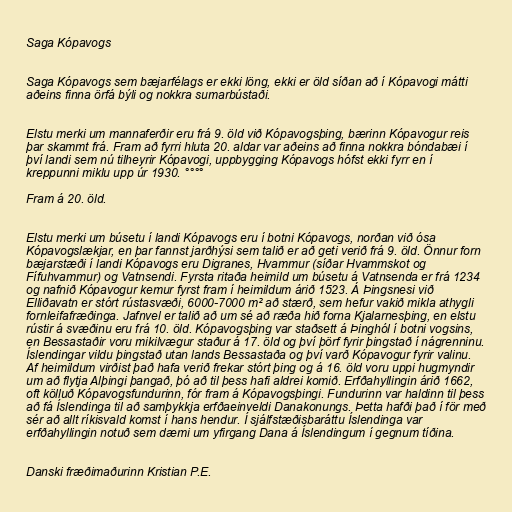
Saga Kópavogs

Saga Kópavogs sem bæjarfélags er ekki löng, ekki er öld síðan að í Kópavogi mátti
aðeins finna örfá býli og nokkra sumarbústaði.

Elstu merki um mannaferðir eru frá 9. öld við Kópavogsþing, bærinn Kópavogur reis
þar skammt frá. Fram að fyrri hluta 20. aldar var aðeins að finna nokkra bóndabæi í
því landi sem nú tilheyrir Kópavogi, uppbygging Kópavogs hófst ekki fyrr en í
kreppunni miklu upp úr 1930. °°°°

Fram á 20. öld.

Elstu merki um búsetu í landi Kópavogs eru í botni Kópavogs, norðan við ósa
Kópavogslækjar, en þar fannst jarðhýsi sem talið er að geti verið frá 9. öld. Önnur forn
bæjarstæði í landi Kópavogs eru Digranes, Hvammur (síðar Hvammskot og
Fífuhvammur) og Vatnsendi. Fyrsta ritaða heimild um búsetu á Vatnsenda er frá 1234
og nafnið Kópavogur kemur fyrst fram í heimildum árið 1523. Á Þingsnesi við
Elliðavatn er stórt rústasvæði, 6000-7000 m² að stærð, sem hefur vakið mikla athygli
fornleifafræðinga. Jafnvel er talið að um sé að ræða hið forna Kjalarnesþing, en elstu
rústir á svæðinu eru frá 10. öld. Kópavogsþing var staðsett á Þinghól í botni vogsins,
en Bessastaðir voru mikilvægur staður á 17. öld og því þörf fyrir þingstað í nágrenninu.
Íslendingar vildu þingstað utan lands Bessastaða og því varð Kópavogur fyrir valinu.
Af heimildum virðist það hafa verið frekar stórt þing og á 16. öld voru uppi hugmyndir
um að flytja Alþingi þangað, þó að til þess hafi aldrei komið. Erfðahyllingin árið 1662,
oft kölluð Kópavogsfundurinn, fór fram á Kópavogsþingi. Fundurinn var haldinn til þess
að fá Íslendinga til að samþykkja erfðaeinveldi Danakonungs. Þetta hafði það í för með
sér að allt ríkisvald komst í hans hendur. Í sjálfstæðisbaráttu Íslendinga var
erfðahyllingin notuð sem dæmi um yfirgang Dana á Íslendingum í gegnum tíðina.

Danski fræðimaðurinn Kristian P.E.